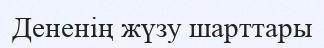
Дененің жүзу шарттары